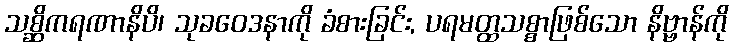
သစ္ဆိကရဏာနိပိ၊ သုခဝေဒနာကို ခံစားခြင်း, ပရမတ္ထသစ္စာဖြစ်သော နိဗ္ဗာန်ကို